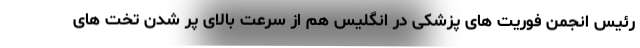
رئیس انجمن فوریت های پزشکی در انگلیس هم از سرعت بالای پر شدن تخت های